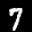
Label: 7